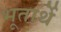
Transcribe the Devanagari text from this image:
भूतार्थे